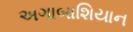
અગાબાશિયાન